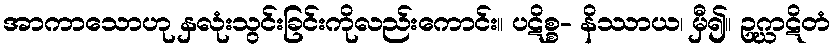
အာကာသောဟု နှလုံးသွင်းခြင်းကိုလည်းကောင်း။ ပဋိစ္စ- နိဿာယ၊ မှီ၍။ ဥဂ္ဃာဋိတံ